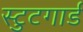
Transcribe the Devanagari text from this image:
स्टुटगार्ड